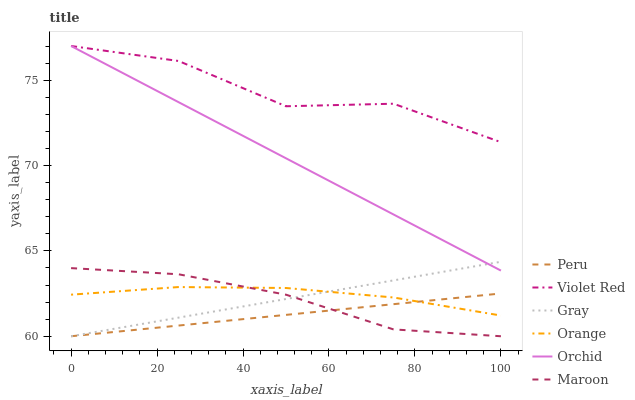
| xaxis_label | Peru | Violet Red | Gray | Orange | Orchid | Maroon |
 | --- | --- | --- | --- | --- | --- | --- |
 | 0 | 60 | 77 | 60 | 62.4 | 77 | 64 |
 | 25 | 60.6 | 76.1 | 61.1 | 62.9 | 73.7 | 63.6 |
 | 50 | 61.3 | 73.5 | 62.2 | 62.8 | 70.4 | 62.4 |
 | 75 | 61.9 | 73.6 | 63.3 | 62.3 | 67.1 | 60.4 |
 | 100 | 62.5 | 71.4 | 64.4 | 61.2 | 63.8 | 60 |